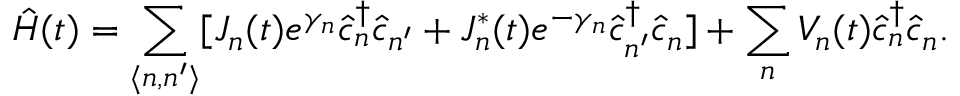
\hat { H } ( t ) = \sum _ { \langle n , n ^ { \prime } \rangle } [ J _ { n } ( t ) e ^ { \gamma _ { n } } \hat { c } _ { n } ^ { \dagger } \hat { c } _ { n ^ { \prime } } + J _ { n } ^ { * } ( t ) e ^ { - \gamma _ { n } } \hat { c } _ { n ^ { \prime } } ^ { \dagger } \hat { c } _ { n } ] + \sum _ { n } V _ { n } ( t ) \hat { c } _ { n } ^ { \dagger } \hat { c } _ { n } .